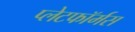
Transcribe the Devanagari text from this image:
प्लेटफॉर्मस